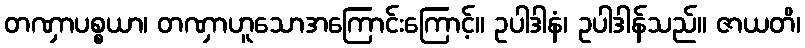
တဏှာပစ္စယာ၊ တဏှာဟူသောအကြောင်းကြောင့်။ ဥပါဒါနံ၊ ဥပါဒါန်သည်။ ဇာယတိ၊